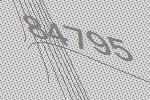
84795